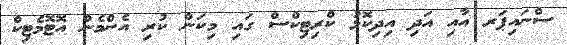
ސްނައިޕަރ އާއި އަދި އިިދިކޮޅު ކްރިޓިކްސް ގައި މިކަން ކުރި އެންމެން އޮޓޮމެޓިކް